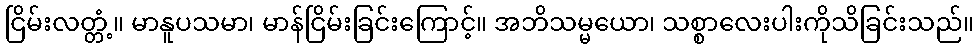
ငြိမ်းလတ္တံ့။ မာနူပသမာ၊ မာန်ငြိမ်းခြင်းကြောင့်။ အဘိသမ္မယော၊ သစ္စာလေးပါးကိုသိခြင်းသည်။